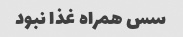
سس همراه غذا نبود